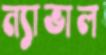
ন্যাভাল